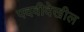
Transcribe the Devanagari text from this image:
पदवीदेखील